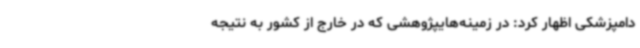
دامپزشکی اظهار کرد: در زمینه‌هایپژوهشی که در خارج از کشور به نتیجه